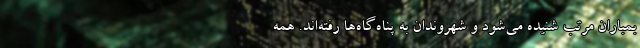
بمباران مرتب شنیده می‌شود و شهروندان به پناه‌گاه‌ها رفته‌اند. همه